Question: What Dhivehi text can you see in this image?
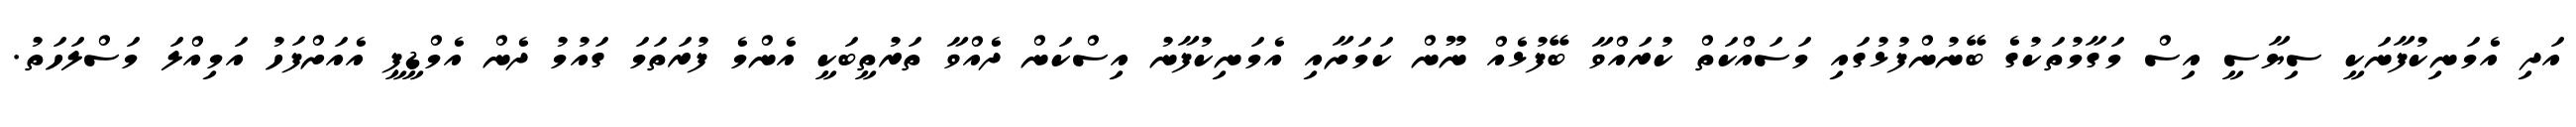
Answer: އަދި އެމަނިކުފާނަކީ ސިޔާސީ އިސް މަގާމުތަކުގެ ބޭނުންފުޅުގައި މަސައްކަތް ކުރައްވާ ބޭފުޅެއް ނޫން ކަމަށާއި އެމަނިކުފާނު އިސްކަން ދެއްވާ ތަރުތީބަކީ އެންމެ ފުރަތަމަ ގައުމު ދެން އެމްޑީޕީ އެއަށްފަހު އަމިއްލަ މަސްލަހަތު.